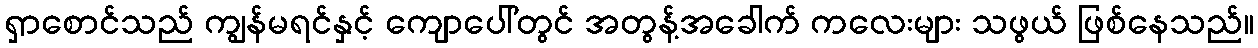
ရှာစောင်သည် ကျွန်မရင်နှင့် ကျောပေါ်တွင် အတွန့်အခေါက် ကလေးများ သဖွယ် ဖြစ်နေသည်။